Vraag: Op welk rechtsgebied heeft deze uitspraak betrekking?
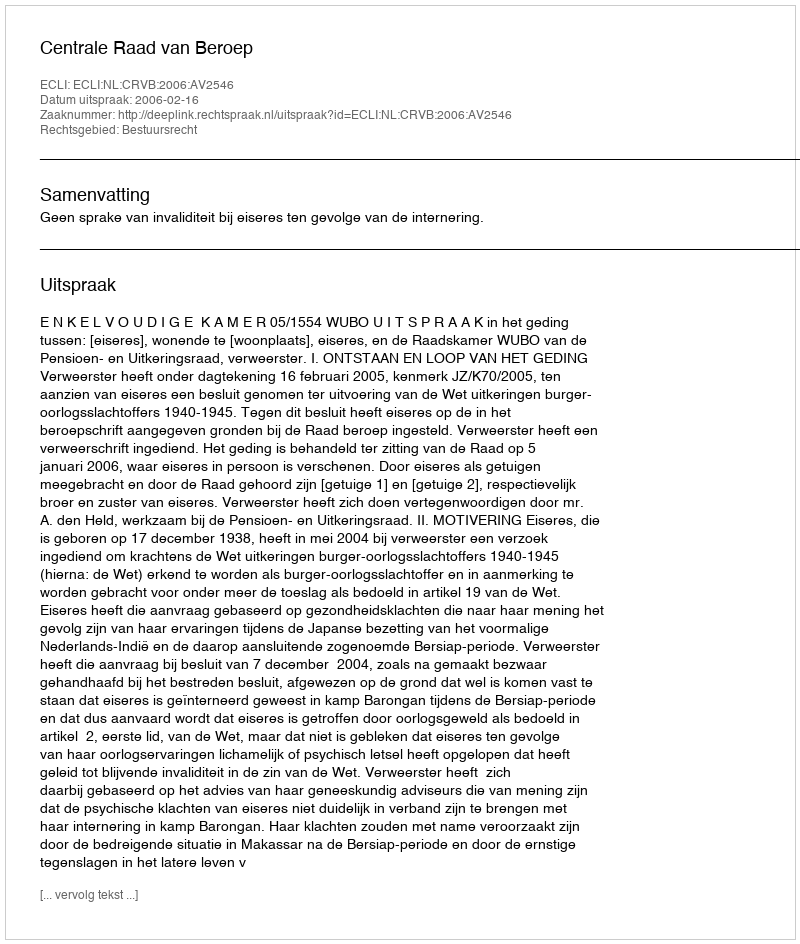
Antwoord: Bestuursrecht